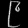
Digit: ၉